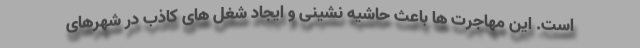
است. این مهاجرت ها باعث حاشیه نشینی و ایجاد شغل های کاذب در شهرهای